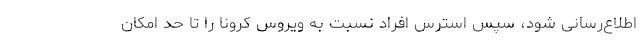
اطلاع‌رسانی شود، سپس استرس افراد نسبت به ویروس کرونا را تا حد امکان